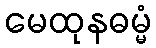
မေထုနဓမ္မံ